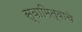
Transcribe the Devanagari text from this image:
स्वामित्वाचे